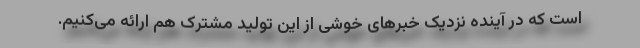
است که در آینده نزدیک خبرهای خوشی از این تولید مشترک هم ارائه می‌کنیم.